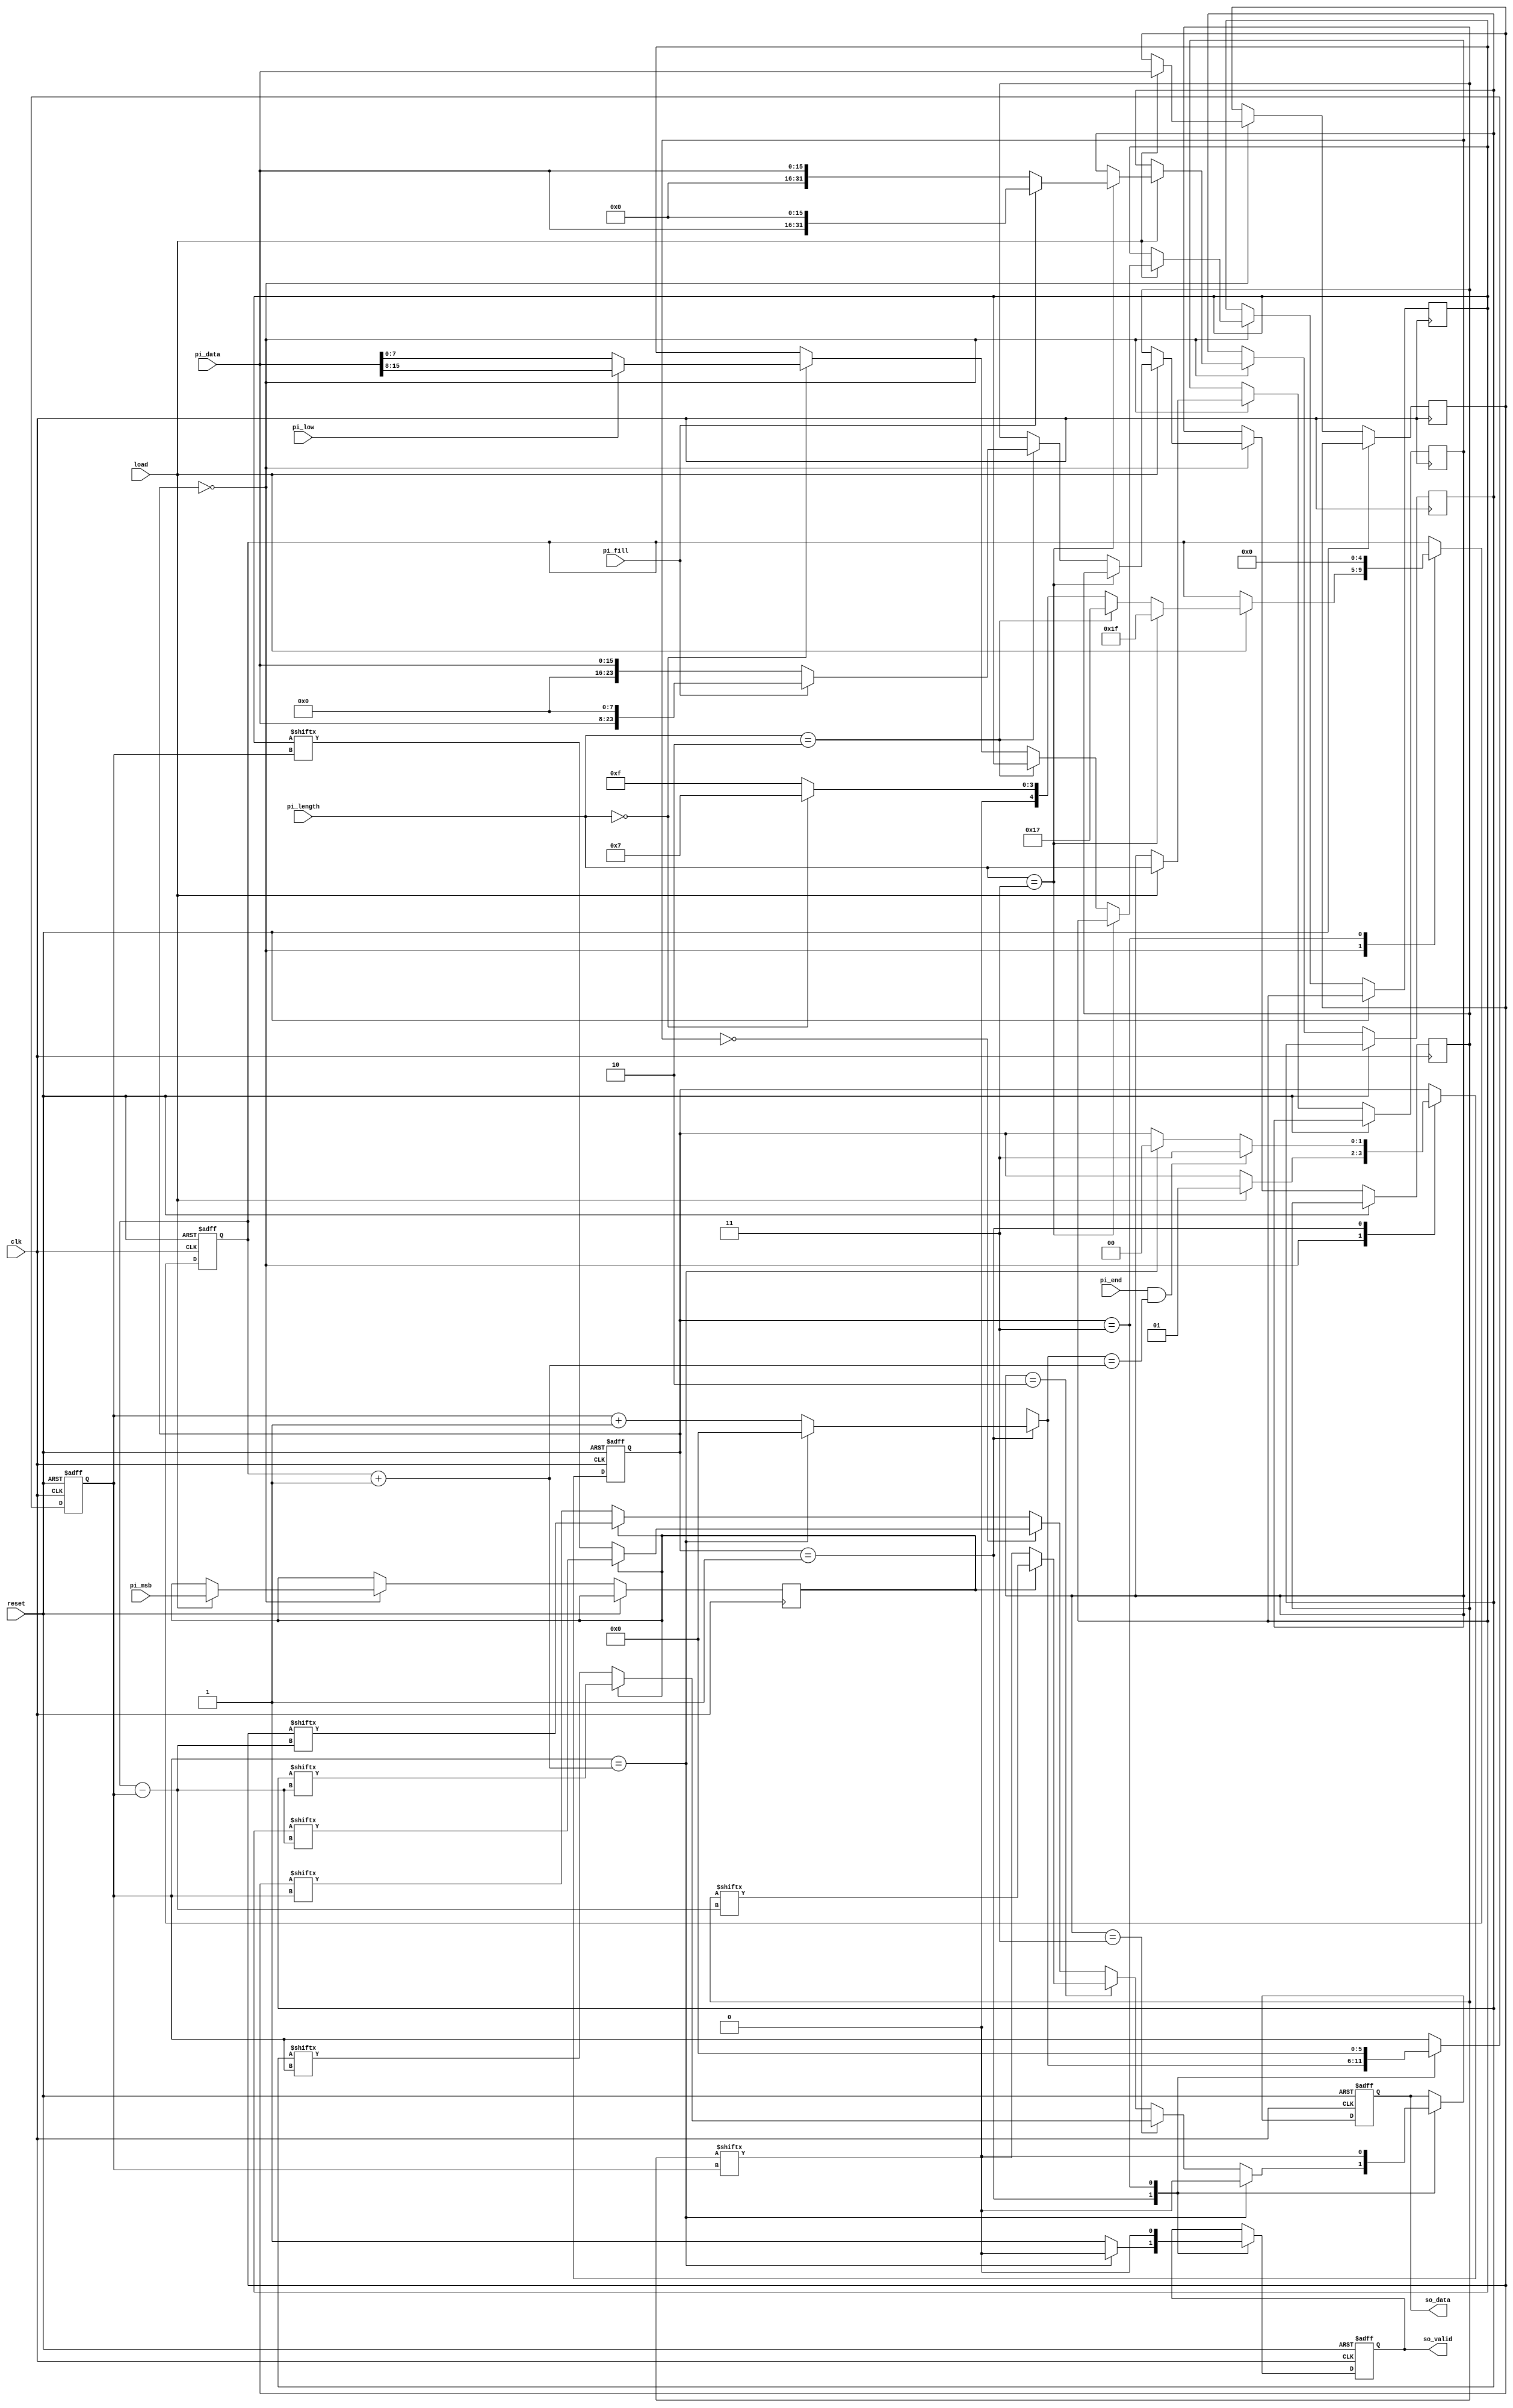
module STI(clk ,reset, load, pi_data, pi_length, pi_fill, pi_msb, pi_low, pi_end,
	       so_data, so_valid);

input		clk, reset;
input		load, pi_msb, pi_low, pi_end;
input	[15:0]	pi_data;
input	[1:0]	pi_length;
input		pi_fill;
output		so_data, so_valid;
//==============================================================================
reg		so_data, so_valid;
reg [1:0] state;

reg		pi_msbC, pi_lowC;
reg	[15:0]	pi_dataC;
reg	[1:0]	pi_lengthC;
reg		pi_fillC;

reg [7:0] pi_mem_s;
reg [23:0] pi_mem_l;
reg [31:0] pi_mem_xl;
reg [4:0] pi_count;
reg [5:0] i;

parameter receive = 2'b00, send = 2'b01, done = 2'b11;
parameter s = 2'b00, m = 2'b01, l = 2'b10, xl = 2'b11;
//==============================================================================

always@(posedge clk or posedge reset) begin
	if(reset) begin
		state = receive;
		so_data = 0;
		so_valid = 0;
		pi_count = 0; i = 0;
	end else begin
		case (state)
			receive: begin
				if(load) begin
					pi_msbC = pi_msb; pi_lowC = pi_low;
					pi_dataC = pi_data; pi_lengthC = pi_length;
					pi_fillC = pi_fill;
					if(pi_lengthC == xl) begin
						pi_count = 31;
						if(pi_fillC == 1) begin
							pi_mem_xl = {pi_dataC, 8'b00000000, 8'b00000000};
						end else begin
							pi_mem_xl = {8'b00000000, 8'b00000000, pi_dataC};
						end
					end else if(pi_lengthC == l) begin
						pi_count = 23;
						if(pi_fillC == 1) begin
							pi_mem_l = {pi_dataC, 8'b00000000};
						end else begin
							pi_mem_l = {8'b00000000, pi_dataC};
						end
					end else if(pi_lengthC == s) begin
						pi_count = 7;
						if(pi_lowC == 1) begin
							pi_mem_s = pi_dataC[15:8];
						end else begin
							pi_mem_s = pi_dataC[7:0];
						end
					end else begin
						pi_count = 15;
						pi_dataC = pi_dataC;
					end
					state = send;
				end
			end
			send: begin
				so_valid = 1;
				if(pi_lengthC == xl) begin
					if(pi_msbC == 1) begin
						so_data = pi_mem_xl[pi_count - i];
					end else begin
						so_data = pi_mem_xl[i];
					end
				end else if(pi_lengthC == l) begin
					if(pi_msbC == 1) begin
						so_data = pi_mem_l[pi_count - i];
					end else begin
						so_data = pi_mem_l[i];
					end
				end else if(pi_lengthC == s) begin
					if(pi_msbC == 1) begin
						so_data = pi_mem_s[pi_count - i];
					end else begin
						so_data = pi_mem_s[i];
					end
				end else begin
					if(pi_msbC == 1) begin
						so_data = pi_dataC[pi_count - i];
					end else begin
						so_data = pi_dataC[i];
					end
				end
				if(i == (pi_count + 1)) begin
					state = receive;
					so_valid = 0;
					so_data = 0;
					i = 0;
				end else i = i + 1;
				if (pi_end && i == (pi_count + 1)) begin
					state = done;
				end
			end
			done: begin
				so_data = 0;
				so_valid = 0;
				pi_count = 0; i = 0;
			end
			default: begin end
		endcase
	end
end

//==============================================================================
endmodule